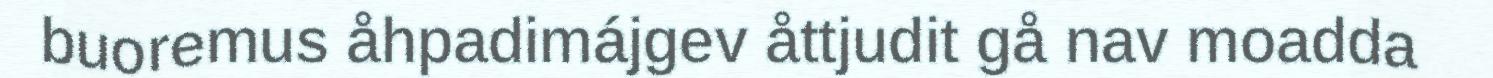
buoremus åhpadimájgev åttjudit gå nav moadda